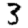
Digit: 3